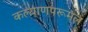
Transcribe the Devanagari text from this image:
कल्याणपरूमल